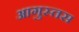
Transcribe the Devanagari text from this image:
आगुस्तस